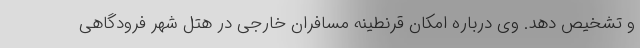
و تشخیص دهد. وی درباره امکان قرنطینه مسافران خارجی در هتل شهر فرودگاهی